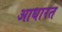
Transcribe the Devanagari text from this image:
आधारत